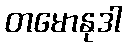
တမောနုဒါ